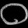
Digit: ၀